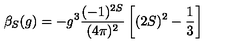
\beta _ { S } ( g ) = - g ^ { 3 } \frac { ( - 1 ) ^ { 2 S } } { ( 4 \pi ) ^ { 2 } } \left[ ( 2 S ) ^ { 2 } - \frac { 1 } { 3 } \right]